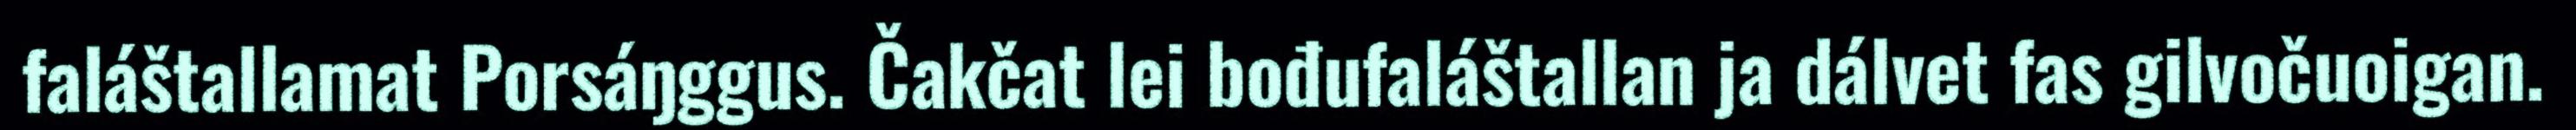
faláštallamat Porsáŋggus. Čakčat lei bođufaláštallan ja dálvet fas gilvočuoigan.